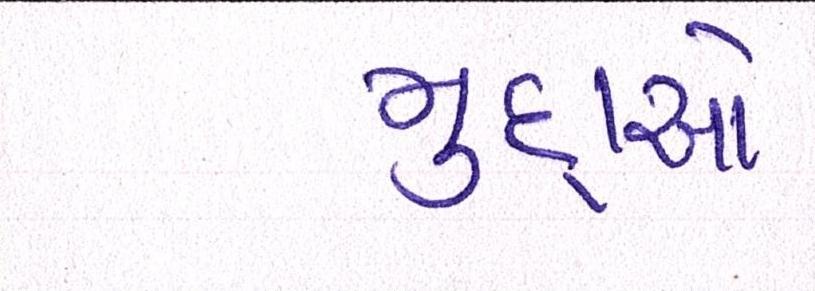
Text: મુદ્દાઓ